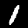
Label: 1